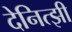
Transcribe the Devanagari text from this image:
देनित्झी